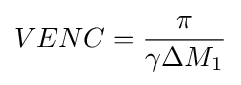
VENC={\frac {\pi }{\gamma \Delta M_{1}}}